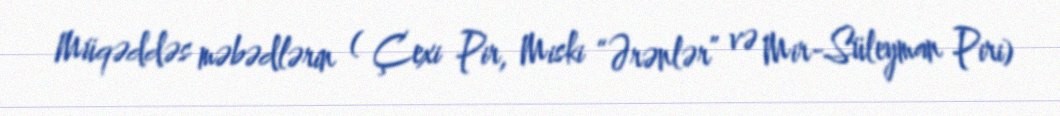
Müqəddəs məbədlərin ( Çexi Pir, Miski “Ərənlər” və Mir-Süleyman Piri)